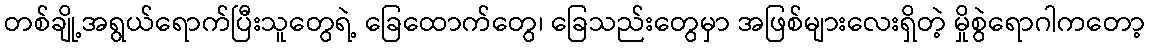
တစ်ချို့အရွယ်ရောက်ပြီးသူတွေရဲ့ ခြေထောက်တွေ၊ ခြေသည်းတွေမှာ အဖြစ်များလေးရှိတဲ့ မှိုစွဲရောဂါကတော့